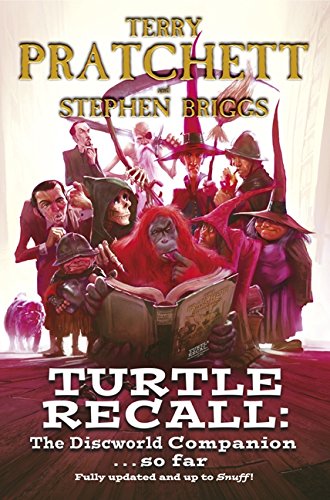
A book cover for Turtle Recall: The Discworld Companion. . .So Far; Terry Pratchett; Science Fiction & Fantasy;